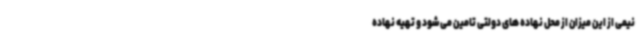
نیمی از این میزان از محل نهاده های دولتی تامین می‌شود و تهیه نهاده